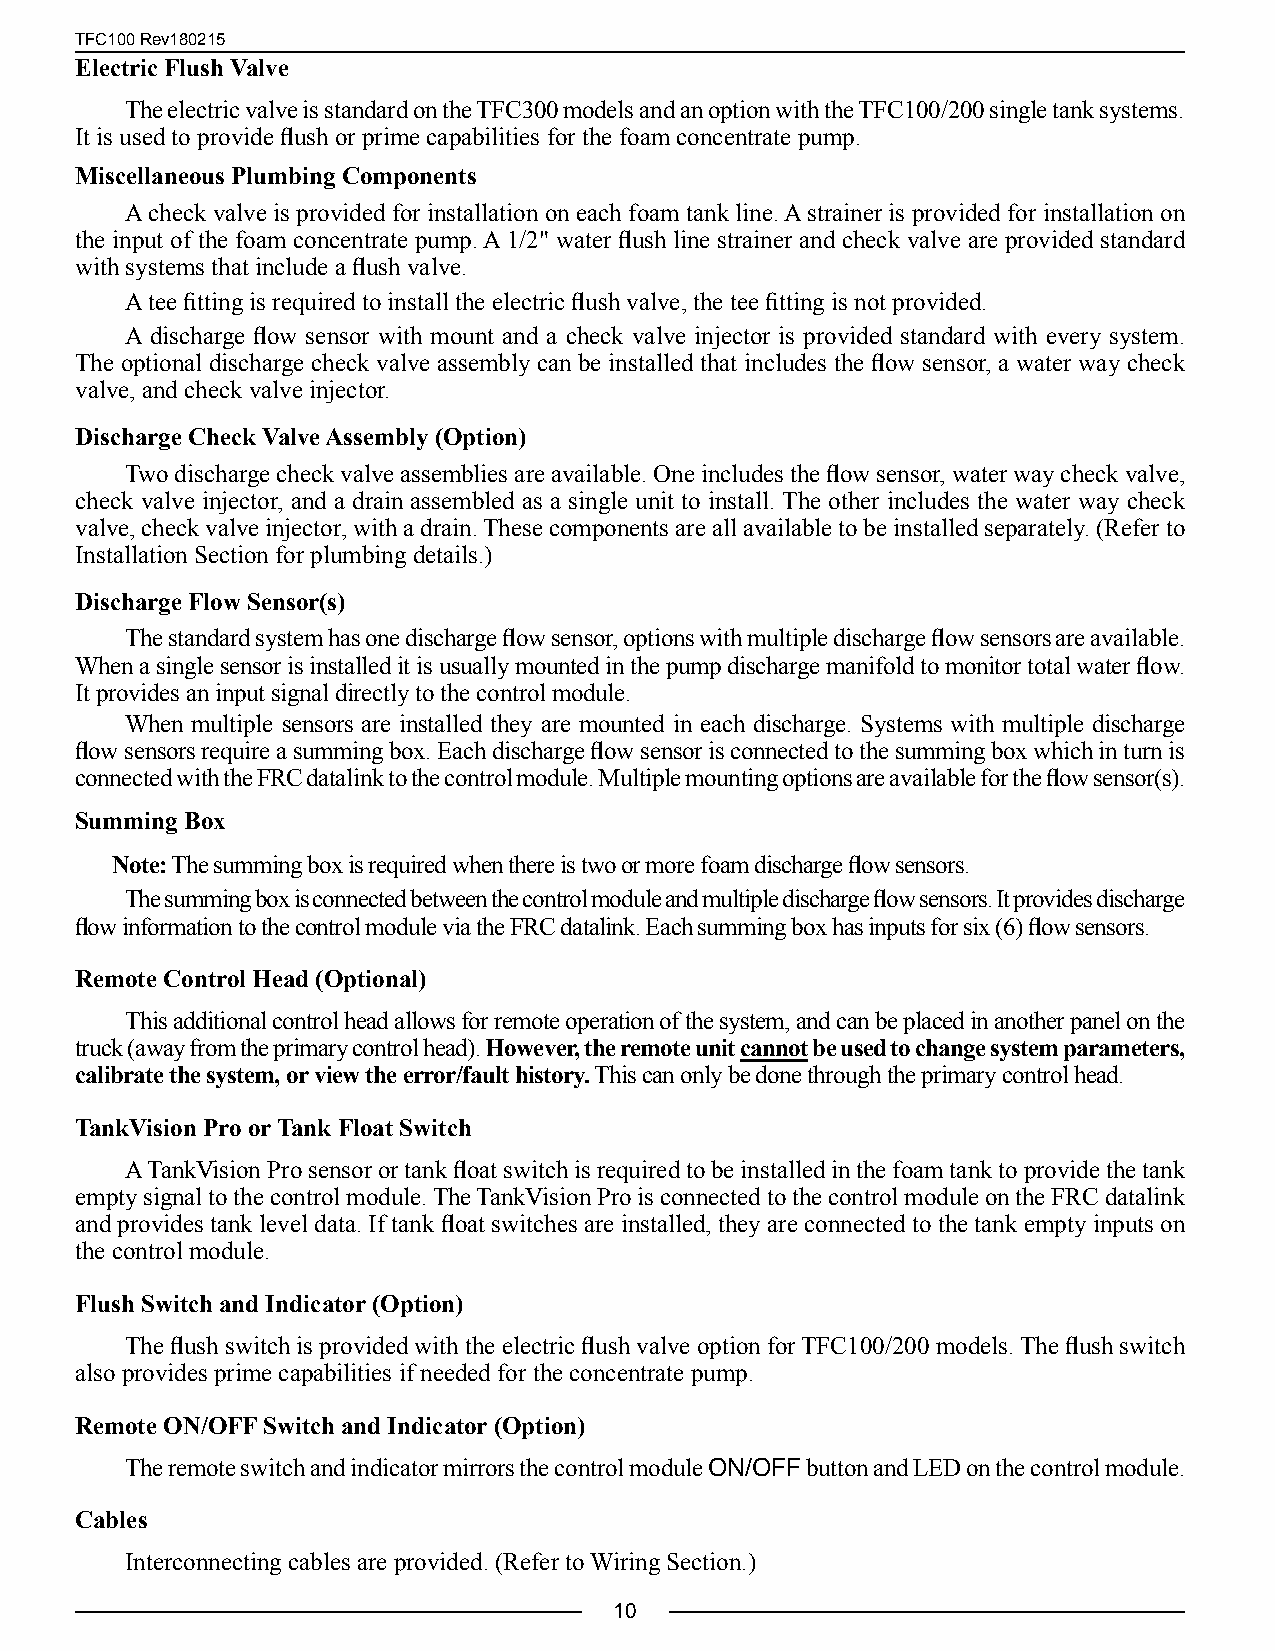
TFC100 Rev180215
 Electric Flush Valve
 The electric valve is standard on the TFC300 models and an option with the TFC100/200 single tank systems.
 It is used to provide flush or prime capabilities for the foam concentrate pump.
 Miscellaneous Plumbing Components
 A check valve is provided for installation on each foam tank line. A strainer is provided for installation on
 the input of the foam concentrate pump. A 1/2" water flush line strainer and check valve are provided standard
 with systems that include a flush valve.
 A tee fitting is required to install the electric flush valve, the tee fitting is not provided.
 A discharge flow sensor with mount and a check valve injector is provided standard with every system.
 The optional discharge check valve assembly can be installed that includes the flow sensor, a water way check
 valve, and check valve injector.
 Discharge Check Valve Assembly (Option)
 Two discharge check valve assemblies are available. One includes the flow sensor, water way check valve,
 check valve injector, and a drain assembled as a single unit to install. The other includes the water way check
 valve, check valve injector, with a drain. These components are all available to be installed separately. (Refer to
 Installation Section for plumbing details.)
 Discharge Flow Sensor(s)
 The standard system has one discharge flow sensor, options with multiple discharge flow sensors are available.
 When a single sensor is installed it is usually mounted in the pump discharge manifold to monitor total water flow.
 It provides an input signal directly to the control module.
 When multiple sensors are installed they are mounted in each discharge. Systems with multiple discharge
 flow sensors require a summing box. Each discharge flow sensor is connected to the summing box which in turn is
 connected with the FRC datalink to the control module. Multiple mounting options are available for the flow sensor(s).
 Summing Box
 Note: The summing box is required when there is two or more foam discharge flow sensors.
 The summing box is connected between the control module and multiple discharge flow sensors. It provides discharge
 flow information to the control module via the FRC datalink. Each summing box has inputs for six (6) flow sensors.
 Remote Control Head (Optional)
 This additional control head allows for remote operation of the system, and can be placed in another panel on the
 truck (away from the primary control head). However, the remote unit cannot be used to change system parameters,
 calibrate the system, or view the error/fault history. This can only be done through the primary control head.
 TankVision Pro or Tank Float Switch
 A TankVision Pro sensor or tank float switch is required to be installed in the foam tank to provide the tank
 empty signal to the control module. The TankVision Pro is connected to the control module on the FRC datalink
 and provides tank level data. If tank float switches are installed, they are connected to the tank empty inputs on
 the control module.
 Flush Switch and Indicator (Option)
 The flush switch is provided with the electric flush valve option for TFC100/200 models. The flush switch
 also provides prime capabilities if needed for the concentrate pump.
 Remote ON/OFF Switch and Indicator (Option)
 The remote switch and indicator mirrors the control module ON/OFF button and LED on the control module.
 Cables
 Interconnecting cables are provided. (Refer to Wiring Section.)
 10